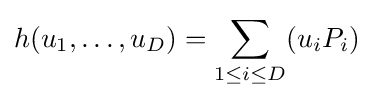
h(u_{1},\ldots ,u_{D})=\sum _{1\leq i\leq D}(u_{i}P_{i})